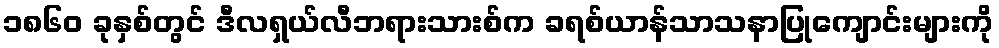
၁၈၆၀ ခုနှစ်တွင် ဒီလရှယ်လီဘရားသားစ်က ခရစ်ယာန်သာသနာပြုကျောင်းများကို